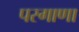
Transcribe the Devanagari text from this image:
परगाणा